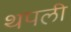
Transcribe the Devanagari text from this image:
थपली